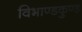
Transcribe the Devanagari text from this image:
विभाण्डकुण्ड